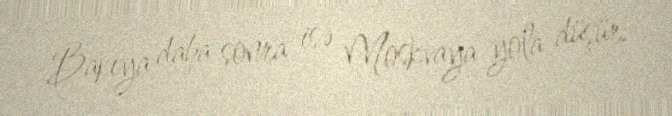
Bakıya daha sonra isə Moskvaya yola düşür.